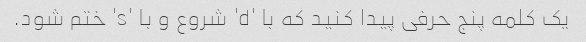
یک کلمه پنج حرفی پیدا کنید که با 'd' شروع و با 's' ختم شود.